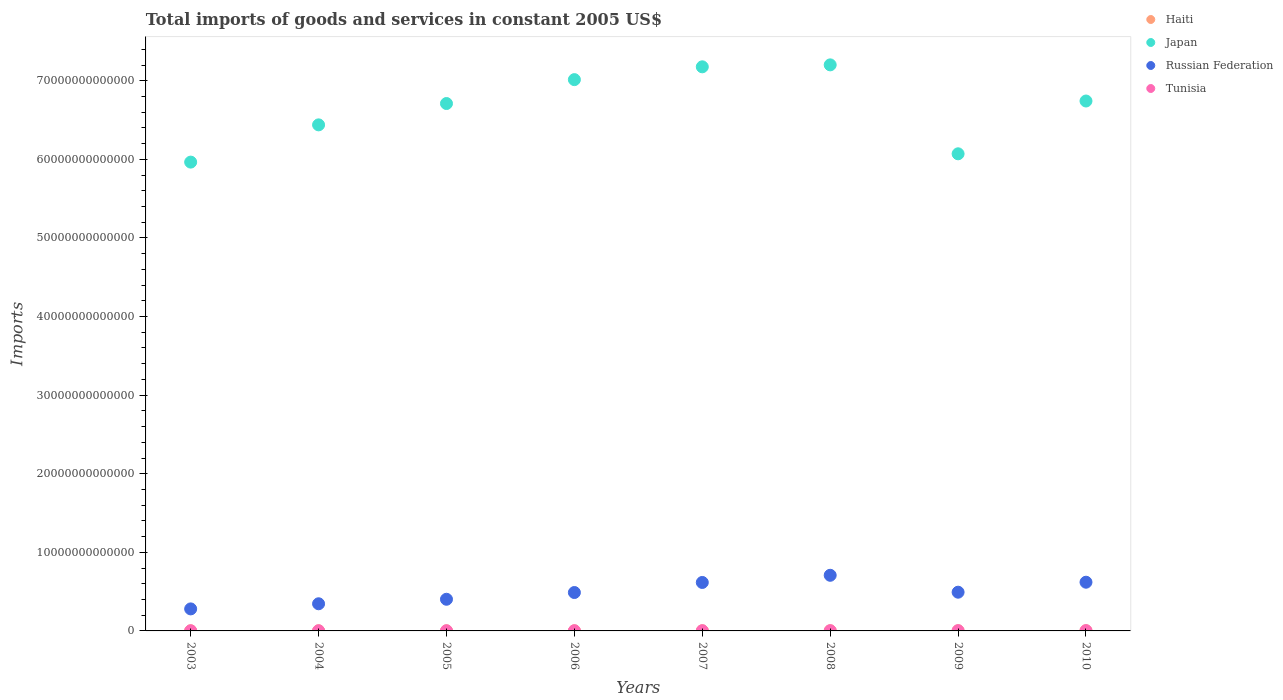
| Years | Haiti | Japan | Russian Federation | Tunisia |
 | --- | --- | --- | --- | --- |
 | 2003 | 1.52e+10 | 5.96e+13 | 2.8e+12 | 1.8e+10 |
 | 2004 | 1.51e+10 | 6.44e+13 | 3.45e+12 | 1.85e+10 |
 | 2005 | 1.61e+10 | 6.71e+13 | 4.03e+12 | 1.84e+10 |
 | 2006 | 1.64e+10 | 7.01e+13 | 4.89e+12 | 2.17e+10 |
 | 2007 | 1.64e+10 | 7.18e+13 | 6.17e+12 | 2.55e+10 |
 | 2008 | 1.73e+10 | 7.2e+13 | 7.08e+12 | 2.96e+10 |
 | 2009 | 1.83e+10 | 6.07e+13 | 4.93e+12 | 3.16e+10 |
 | 2010 | 2.21e+10 | 6.74e+13 | 6.2e+12 | 3.49e+10 |